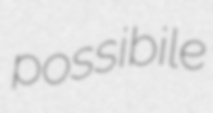
possibile